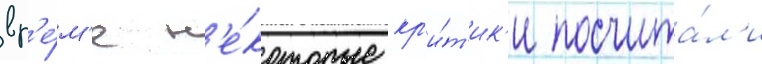
вр'е́м'я н'е́которые кр'и́т'ик'и посчита́л'и